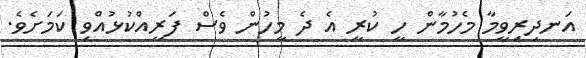
އަނދިރިވީމާ މެހުމާން ހީ ކުރީ އެ ދެ މީހުން ވެސް ފަރީއްކުޅުއްވި ކަމަށެވެ.